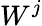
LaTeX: W^{j}